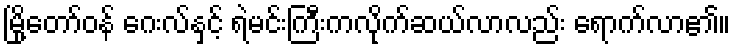
မြို့တော်ဝန် ဂေးလ်နှင့် ရဲမင်းကြီးကလိုက်ဆယ်လာလည်း ရောက်လာ၏။